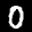
Label: 0